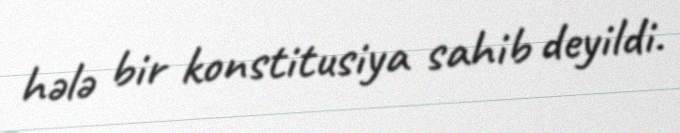
hələ bir konstitusiya sahib deyildi.